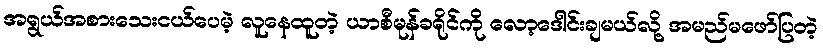
အရွယ်အစားသေးငယ်ပေမဲ့ လူနေထူတဲ့ ယာစီမုန်ခရိုင်ကို လော့ဒေါင်းချမယ်လို့ အမည်မဖော်ပြတဲ့